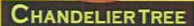
CHANDELIER TREE